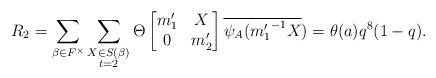
LaTeX: \begin{align*} R_2=\displaystyle \sum_{\beta \in F^{\times}} \sum_{\substack{X\in S(\beta) \\ t=2 }}\Theta \begin{bmatrix} m_1' & X\\0 & m_2' \end{bmatrix}\overline{\psi_A({m_1'}^{-1}X})=\theta(a)q^8(1-q).\end{align*}